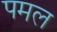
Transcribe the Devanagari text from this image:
पमल